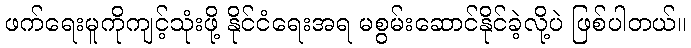
ဖက်ရေးမူကိုကျင့်သုံးဖို့ နိုင်ငံရေးအရ မစွမ်းဆောင်နိုင်ခဲ့လို့ပဲ ဖြစ်ပါတယ်။